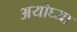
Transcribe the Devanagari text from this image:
अयोघ्या